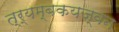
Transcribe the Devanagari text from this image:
त्र्यम्बकयज्वन